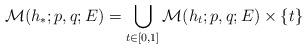
LaTeX: \begin{align*}\mathcal M(h_*;p,q;E)=\bigcup_{t \in [0,1]} \mathcal M(h_t;p,q;E) \times \{t\}\end{align*}